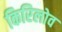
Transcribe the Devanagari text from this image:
किरिलोव